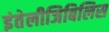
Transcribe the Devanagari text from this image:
इंतेलीजिबिलिस